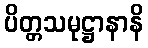
ပိတ္တသမုဋ္ဌာနာနိ